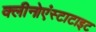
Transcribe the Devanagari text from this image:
क्लीनोएंस्टाटाइट